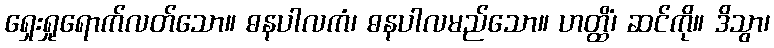
ရှေးရှုရောက်လတ်သော။ ဓနပါလကံ၊ ဓနပါလမည်သော။ ဟတ္ထိံ၊ ဆင်ကို။ ဒိသွာ၊